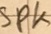
Text: SPK